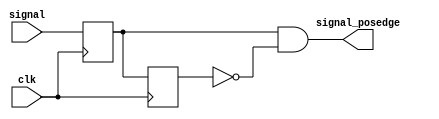
module POSEDGE_GEN (
		input		clk,

		input		signal,
		output		signal_posedge
	);

	reg signal_delay1, signal_delay2;

	initial begin
		signal_delay1 = 0;
		signal_delay2 = 0;
	end

	always @(posedge clk) begin
		signal_delay1 <= signal;
		signal_delay2 <= signal_delay1;
	end

	assign signal_posedge = signal_delay1 & ~signal_delay2;

endmodule